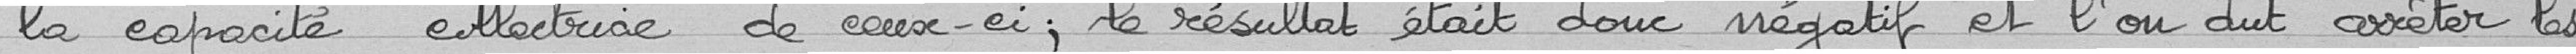
la capacité collectrice de ceux-ci ; le résultat était donc négatif et l'on dut arrêter les